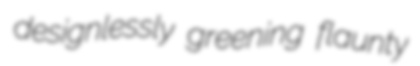
designlessly greening flaunty